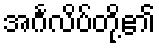
အင်္ဂလိပ်တို့၏